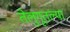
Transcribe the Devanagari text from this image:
तेलुगूतल्या